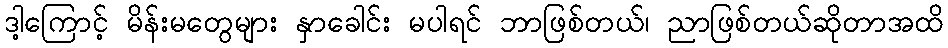
ဒါ့ကြောင့် မိန်းမတွေများ နှာခေါင်း မပါရင် ဘာဖြစ်တယ်၊ ညာဖြစ်တယ်ဆိုတာအထိ